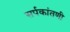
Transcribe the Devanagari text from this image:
सर्पकांतणी